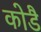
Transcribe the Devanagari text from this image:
कोडै